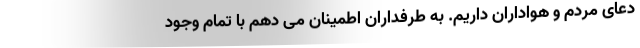
دعای مردم و هواداران داریم. به طرفداران اطمینان می دهم با تمام وجود